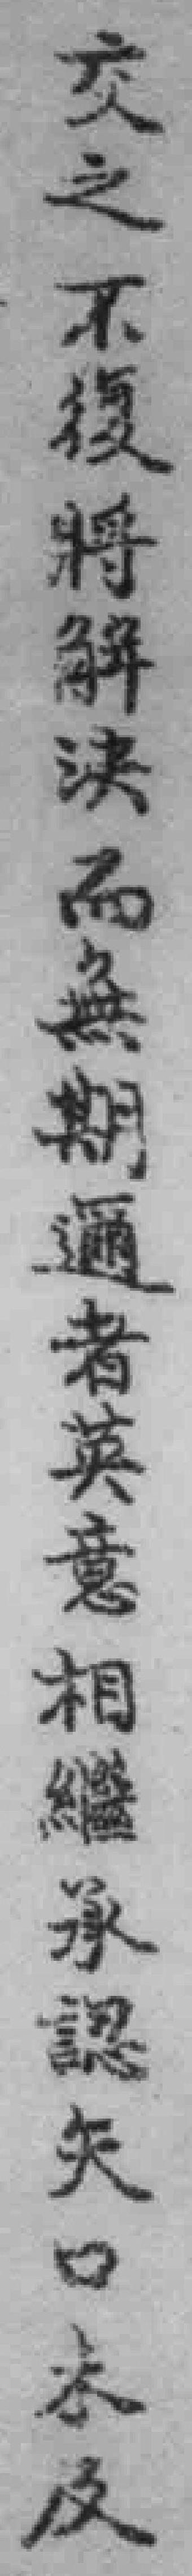
交之不復將解決而無期邇者英意相繼承認矢口未及